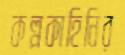
কল্পকাহিনির